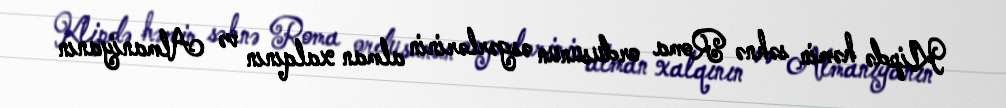
Klipdə həmin səhnə Roma ordusunun əsgərlərinin alman xalqının və Almaniyanın